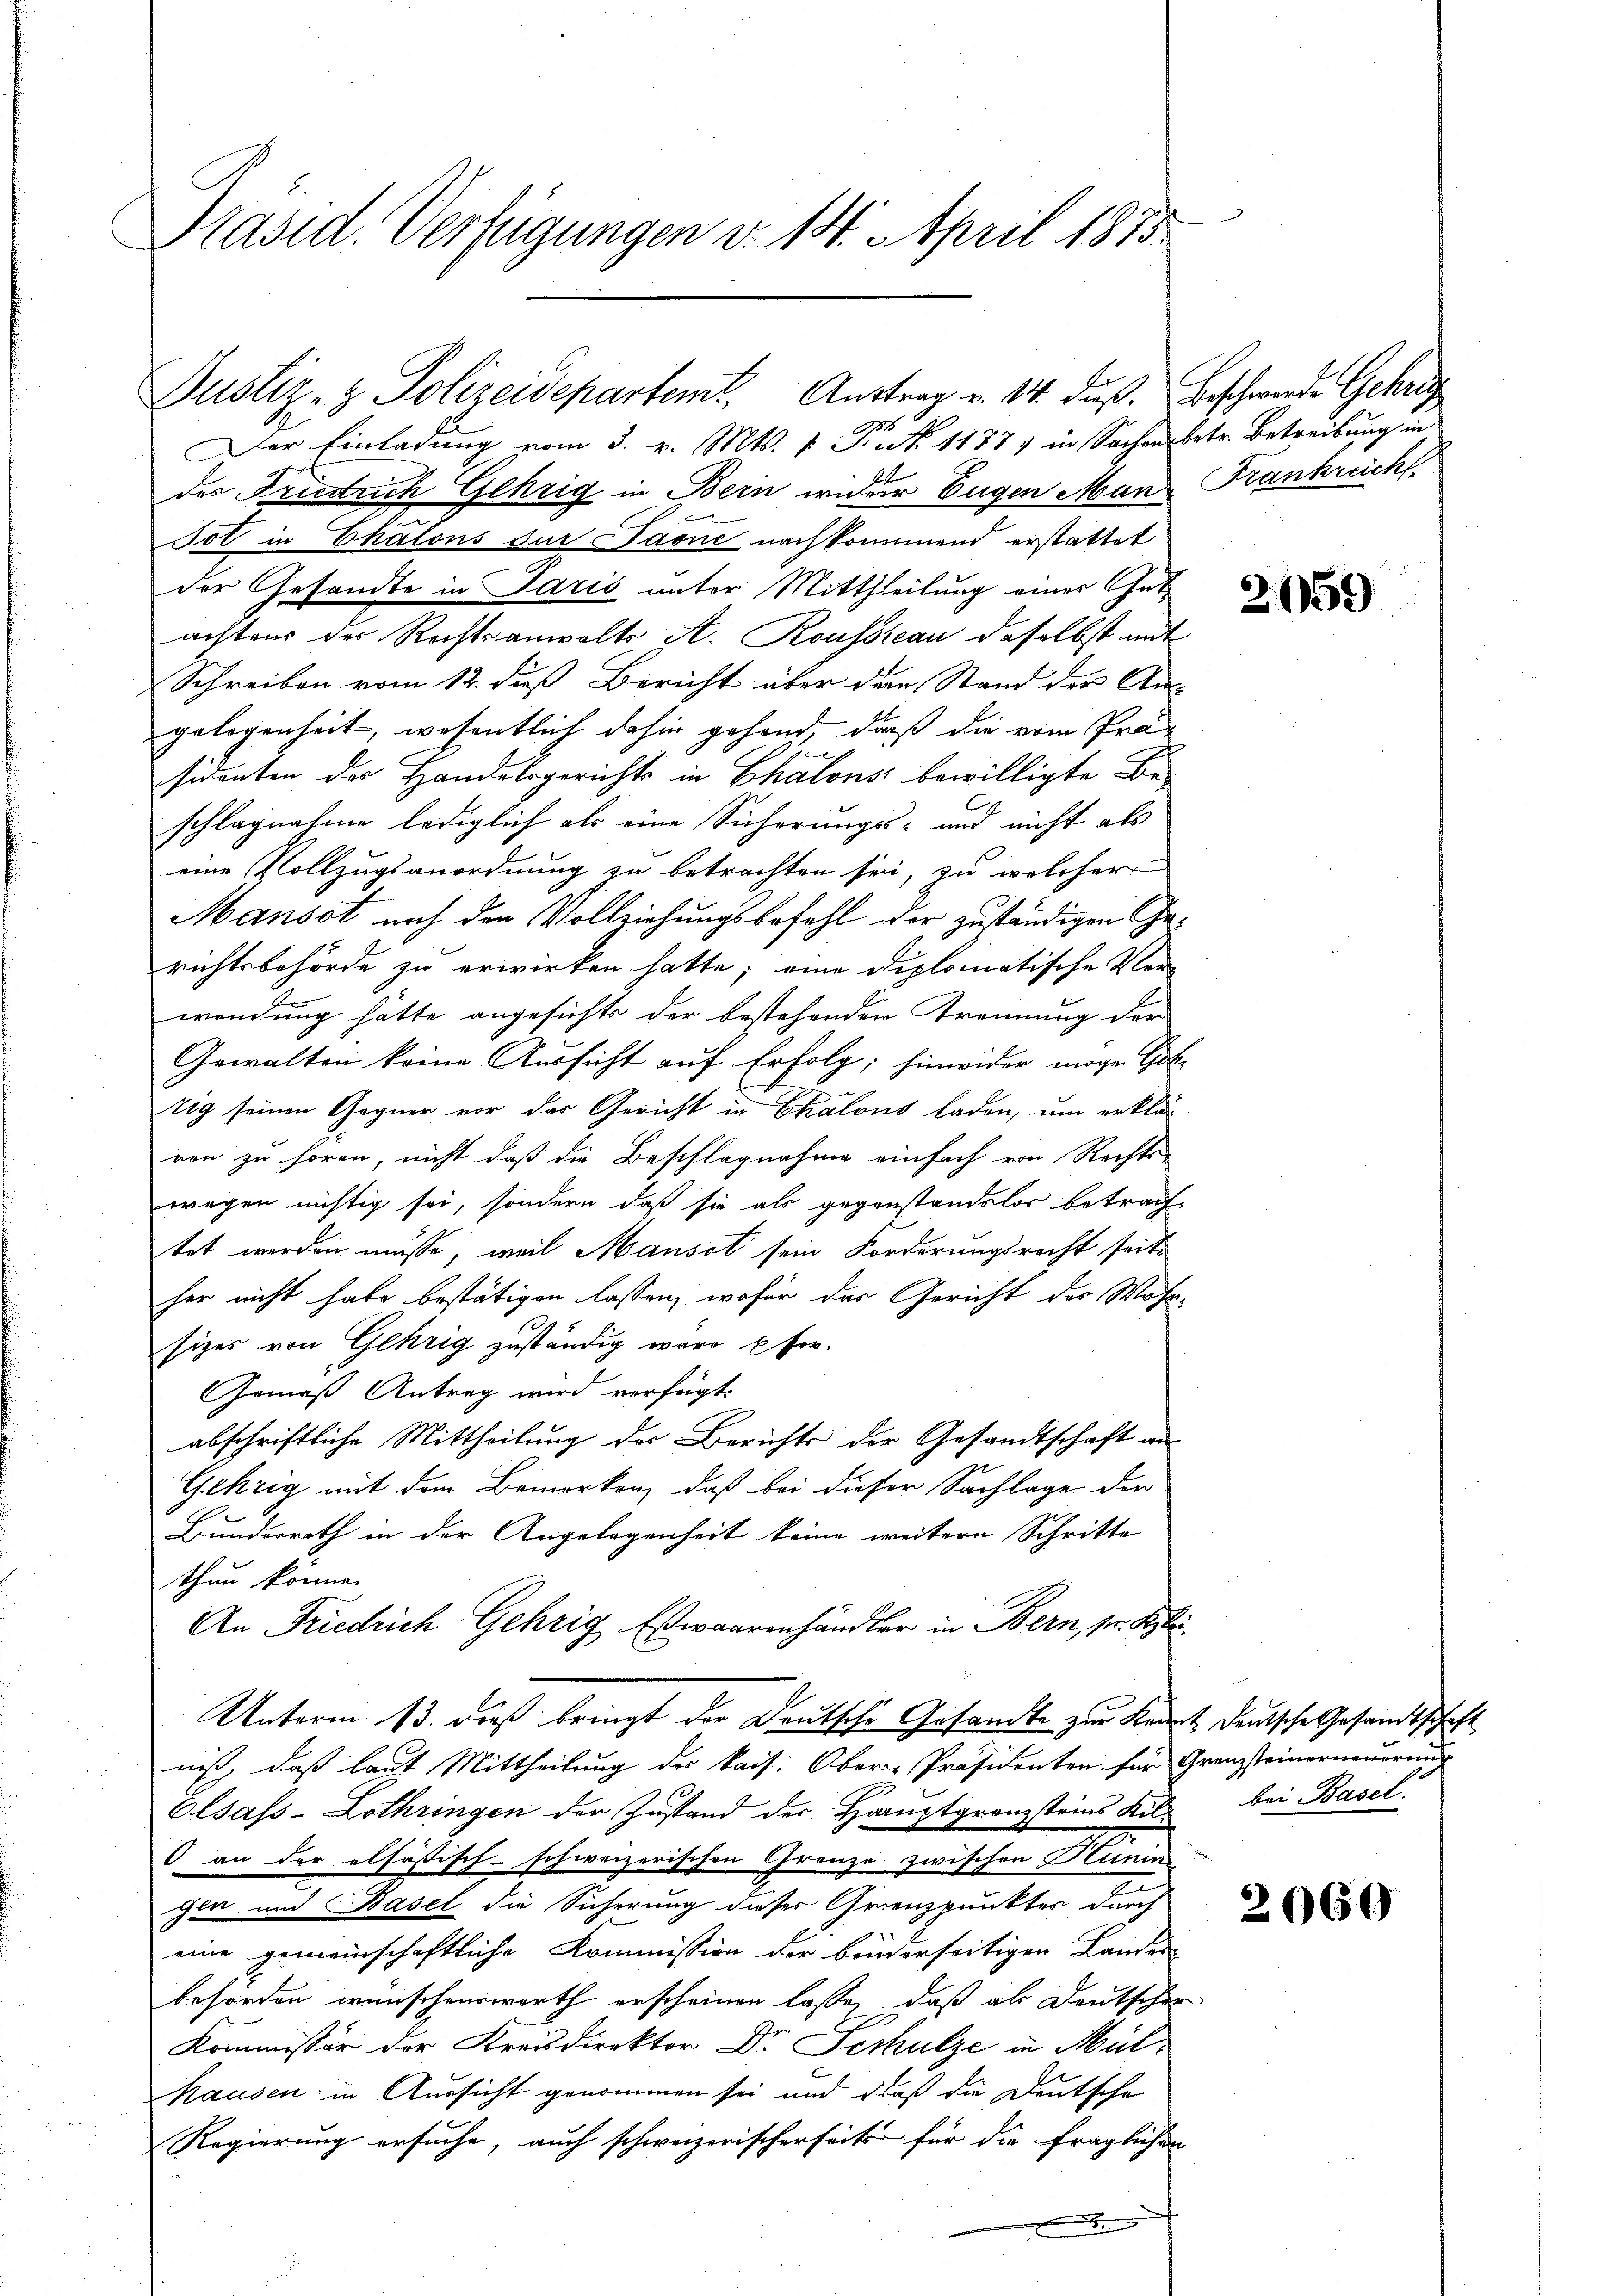
Präsid. Verfügungen v. 14. April 1875

Der Einladung vom 3. v. Mts. v. Fr. No 1187) in Sachens betr. Betreibung in
des Friedrich Gehrig in Bern wider Eugen Mane
Jol in Chalons der Paone nachkommend erstattet
der Gesandte in Paris unter Mittheilung einer Gatachtens der Rechtsanwalts A. Rousseau daselbst mit
Schreiben vom 12. daß Bericht über den Stand der An-
gelogenheit, wosentlich dahin gehend, daß die vom Präsidenten des Handelsgerichts in Chalons bewilligte Beschlagnahme lediglich als eine Sicherungs- und nicht als
eine Vollzugsanordnung zu betrachten sei, zu welcher
Mansot nach den Vollziehungsbefehl der zuständigen Gerichtsbehörde zu erwirken hatte; eine diplomatische Ver-
wendung hätte angesichte der bestehenden Trennung der
Gewalten keine Aussicht auf Erfolg; hinwider mögen Gottig seinen Gegner vor des Gericht in Ekalous laden, um erklär
ren zu hören, nicht daß die Beschlagnahme einfach von Rechte
wegen nichtig sei, sondern daß sie als gegenstandslos betrachtet werden müsse, weil Mausol sein Forderungsrecht seiti
her nicht habe bestätigen lassen, wofür der Gericht der Wohn-
sizes von Gehrig zuständig wäre Efer.
Gemäß Antrag wird verfügt:
abschriftliche Mittheilung der Berichts der Gesandtschaft an-
Gehrig mit dem Bemerken, daß bei dieser Sachlage der
Bunderrath in der Angelegenheit keine weitern Schritte
thun könne.
An Friedrich Gehrig Esswaarenhändler in Bern, pr. Klei
Unterm 13. dieß bringt der Deutsche Gesandte zur Kennt, deutsche Gesandtschaft
niß, daß laut Mittheilung des kais. Ober-Präsidenten für Grenzsteinerneueraus
Olsass-Lothringen der Zustand der Hauptgrenzsteins Kil¬
0 an der elsastisch-schweizerischen Granze zwischen Hunin
gen und Basel die Sicherung dieser Grenzpunktes durch
eine gemeinschaftliche Kommission der bruderseitigen Landes
behörden wünschenswerth erscheinen lasse, daß als Deutschen
Kommissor der Kreisdirektor Dr. Serhulze in Mül¬
Hausen in Aussicht genommen sei und dieß die Deutsche
Regierung ersuche, auch schweizerischerseits für die fraglichen
.

Justiz- & Polizeidepartemt. Auftrag v. 14. dieß. Beschwerden Gehrig

Frankreich

2159

bei Basel.

2060